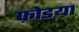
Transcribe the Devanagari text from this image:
फोडया